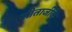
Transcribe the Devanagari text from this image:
सीताजीके